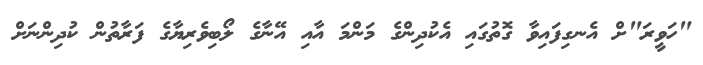
"ހަވީރަ"ށް އެނގިފައިވާ ގޮތުގައި އެކުދިންގެ މަންމަ އާއި އޭނާގެ ލޯބިވެރިޔާގެ ފަރާތުން ކުދިންނަށް